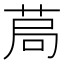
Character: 𦯃